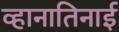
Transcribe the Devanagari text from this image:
व्हानातिनाई